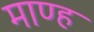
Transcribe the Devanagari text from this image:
माण्ह